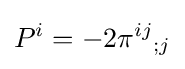
P^{i}=-2\pi ^{ij}{}_{;j}